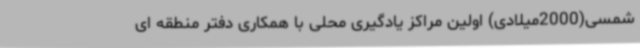
شمسی(2000میلادی) اولین مراکز یادگیری محلی با همکاری دفتر منطقه ای